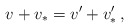
\begin{align*} v+v_* = v'+v_*'\,,\end{align*}